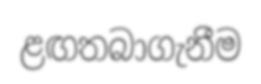
ළඟතබාගැනීම